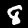
Digit: 8